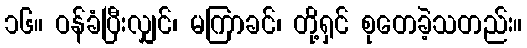
၁၆။ ဝန်ခံပြီးလျှင်၊ မကြာခင်၊ တို့ရှင် စုတေခဲ့သတည်း။